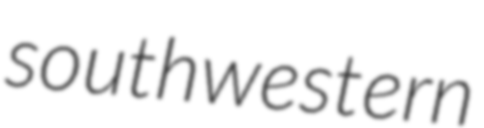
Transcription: southwestern